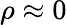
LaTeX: \rho\approx 0